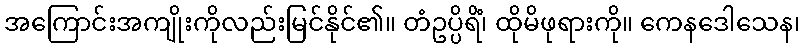
အကြောင်းအကျိုးကိုလည်းမြင်နိုင်၏။ တံဥပ္ပိရိံ၊ ထိုမိဖုရားကို။ ကေနဒေါသေန၊